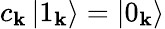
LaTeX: c_{\mathbf{k}}\left|1_{\mathbf{k}}\right\rangle=\left|0_{\mathbf{k}}\right\rangle